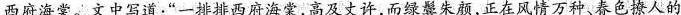
西府海棠。文中写道；“一排排西府海棠，高及丈许，而绿翼朱颜，正在风情万种、春色撩人的